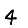
Digit: 4